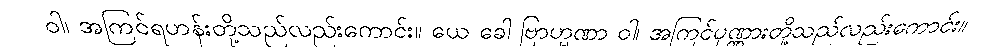
ဝါ၊ အကြင်ရဟန်းတို့သည်လည်းကောင်း။ ယေ ခေါ ဗြာဟ္မဏာ ဝါ၊ အကြင်ပုဏ္ဏားတို့သည်လည်းကောင်း။